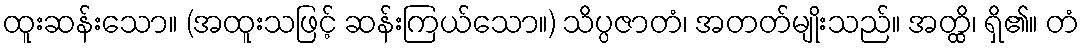
ထူးဆန်းသော။ (အထူးသဖြင့် ဆန်းကြယ်သော။) သိပ္ပဇာတံ၊ အတတ်မျိုးသည်။ အတ္ထိ၊ ရှိ၏။ တံ